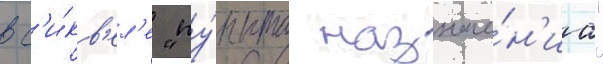
в с'и́кв'ел'е "пу́нкта назначе́н'иа"